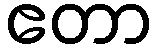
ဧတာ